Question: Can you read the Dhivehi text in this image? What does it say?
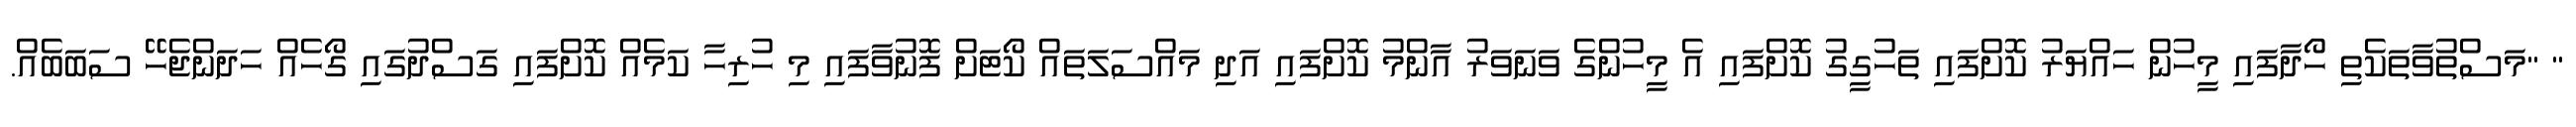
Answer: " "މަސްތުވާތަކެތި ހޯދާފައި މީހުން ހައްޔަރު ކޮށްފައި ތަހުގީގު ކޮށްފައި އެ މީހުންގެ ވަނަވަރު އާންމު ކޮށްފައި އަދި މައްސަލަތައް ކޯޓަށް ފޮނުވާފައި މި ހުރިހާ ކަމެއް ކޮށްފައި ގަސްދުގައި ގޯހެއް ހަދަންޖެހޭ ސަބަބެއް.